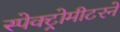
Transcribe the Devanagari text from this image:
स्पेक्ट्रोमीटरने